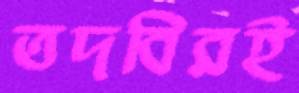
তদবিরই